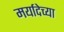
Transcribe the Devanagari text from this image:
मर्यादेच्या